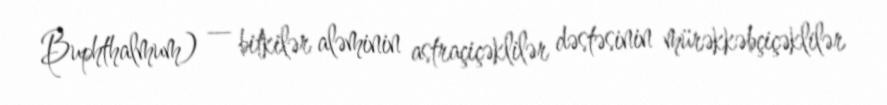
Buphthalmum) — bitkilər aləminin astraçiçəklilər dəstəsinin mürəkkəbçiçəklilər